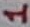
Text: 1